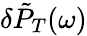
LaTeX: \delta\tilde{P}_{T}(\omega)